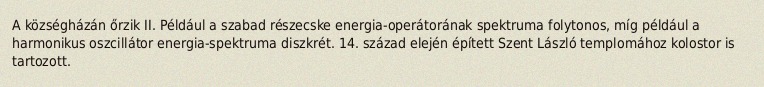
A községházán őrzik II. Például a szabad részecske energia-operátorának spektruma folytonos, míg például a harmonikus oszcillátor energia-spektruma diszkrét. 14. század elején épített Szent László templomához kolostor is tartozott.